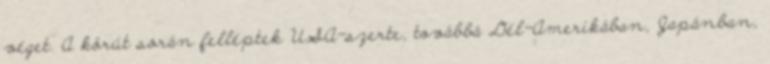
véget. A körút során felléptek USA-szerte, továbbá Dél-Amerikában, Japánban,